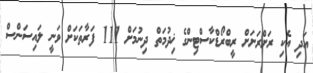
އަދި އެކި ރަށްރަށަށް ރީބްރޯޑްކާސްޓިންގެ ޚިދުމަތް ދިނުމަށް 111 ފަރާތަކަށް ވަނީ ލައިސަންސް